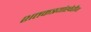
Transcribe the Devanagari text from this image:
शतकत्रयांखेरीज